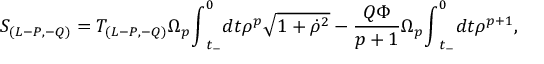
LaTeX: S _ { ( L - P , - Q ) } = T _ { ( L - P , - Q ) } { \Omega } _ { p } { \int } _ { t _ { - } } ^ { 0 } d t { \rho } ^ { p } \sqrt { 1 + { \dot { \rho } } ^ { 2 } } - \frac { Q { \Phi } } { p + 1 } { \Omega } _ { p } { \int } _ { t _ { - } } ^ { 0 } d t { \rho } ^ { p + 1 } ,